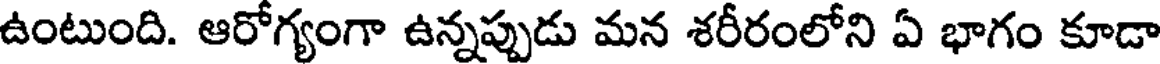
ఉంటుంది. ఆరోగ్యంగా ఉన్నప్పుడు మన శరీరంలోని ఏ భాగం కూడా